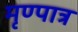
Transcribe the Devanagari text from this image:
मृण्पात्र